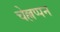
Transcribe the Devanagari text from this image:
चेल्लप्पन